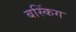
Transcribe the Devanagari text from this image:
बस्किंग